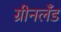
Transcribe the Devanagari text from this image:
ग्रीनलॅंड